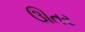
ઊતર